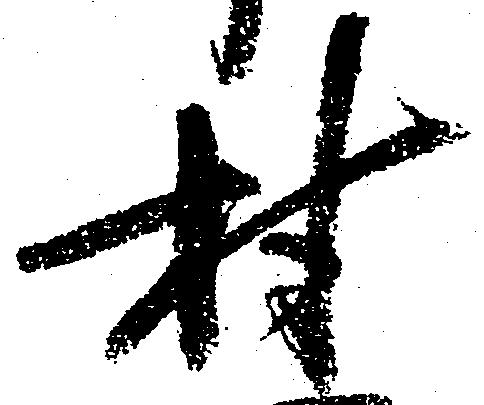
村